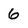
Character: 6